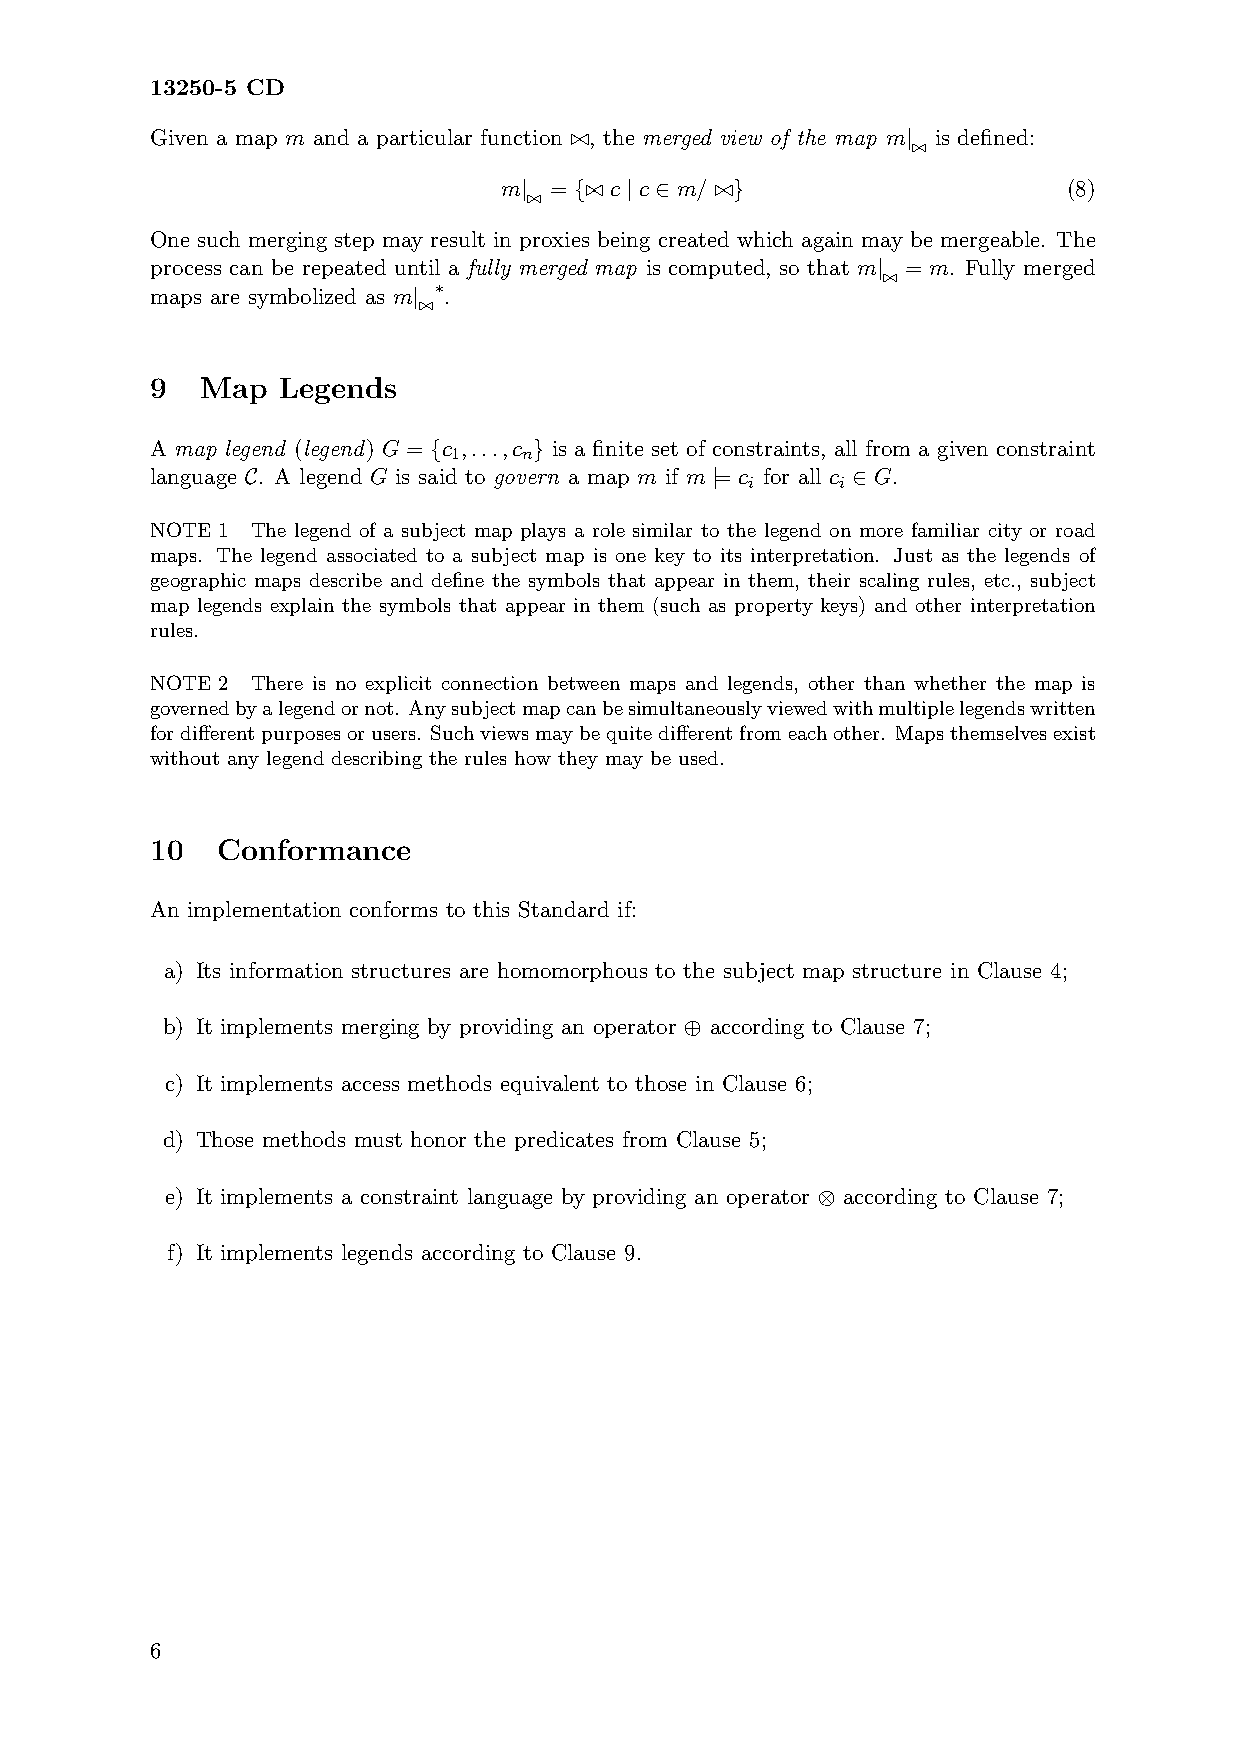
13250-5 CD
 Given a map m and a particular function ./, the merged view of the map m| is defined:
 ./
 m| = {./ c | c ∈ m/ ./}               (8)
 ./
 One such merging step may result in proxies being created which again may be mergeable. The
 process can be repeated until a fully merged map is computed, so that m| = m. Fully merged
 ./
 maps are symbolized as m| ∗.
 ./
 9  Map  Legends
 A map legend (legend) G = {c ,...,c } is a finite set of constraints, all from a given constraint
 1    n
 language C. A legend G is said to govern a map m if m |= c for all c ∈ G.
 i     i
 NOTE 1 The legend of a subject map plays a role similar to the legend on more familiar city or road
 maps. The legend associated to a subject map is one key to its interpretation. Just as the legends of
 geographic maps describe and define the symbols that appear in them, their scaling rules, etc., subject
 map legends explain the symbols that appear in them (such as property keys) and other interpretation
 rules.
 NOTE 2 There is no explicit connection between maps and legends, other than whether the map is
 governedbyalegendornot. Anysubjectmapcanbesimultaneouslyviewedwithmultiplelegendswritten
 fordifferentpurposesorusers. Suchviewsmaybequitedifferentfromeachother. Mapsthemselvesexist
 without any legend describing the rules how they may be used.
 10  Conformance
 An implementation conforms to this Standard if:
 a) Its information structures are homomorphous to the subject map structure in Clause 4;
 b) It implements merging by providing an operator ⊕ according to Clause 7;
 c) It implements access methods equivalent to those in Clause 6;
 d) Those methods must honor the predicates from Clause 5;
 e) It implements a constraint language by providing an operator ⊗ according to Clause 7;
 f) It implements legends according to Clause 9.
 6